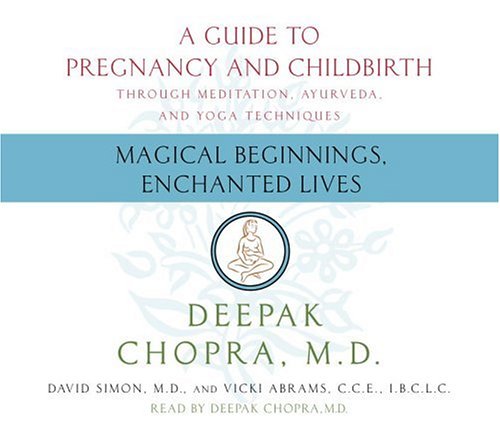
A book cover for Magical Beginnings, Enchanted Lives (Deepak Chopra); Deepak Chopra M.D.; Health, Fitness & Dieting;